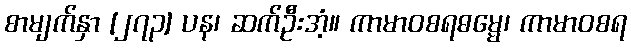
စာမျက်နှာ [၂၇၃] ပန၊ ဆက်ဦးအံ့။ ကာမာဝစရဓမ္မေ၊ ကာမာဝစရ